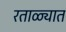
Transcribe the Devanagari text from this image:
रताळ्यात